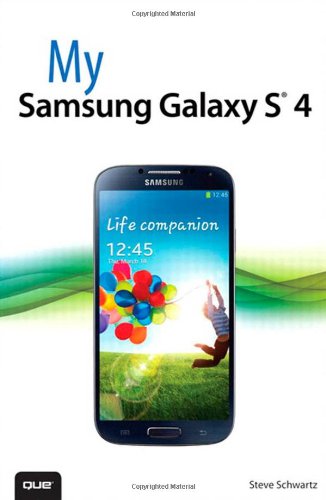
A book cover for My Samsung Galaxy S 4; Steve Schwartz; Computers & Technology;